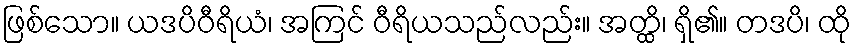
ဖြစ်သော။ ယဒပိဝီရိယံ၊ အကြင် ဝီရိယသည်လည်း။ အတ္ထိ၊ ရှိ၏။ တဒပိ၊ ထို